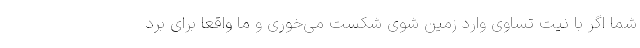
شما اگر با نیت تساوی وارد زمین شوی شکست می‌خوری و ما واقعاً برای برد